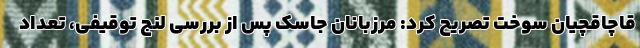
قاچاقچیان سوخت تصریح کرد: مرزبانان جاسک پس از بررسی لنج توقیفی، تعداد